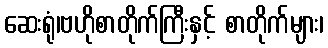
ဆေးရုံ၊ဗဟိုစာတိုက်ကြီးနှင့် စာတိုက်များ၊